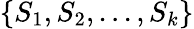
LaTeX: \{ S_{1},S_{2},...,S_{k}\}